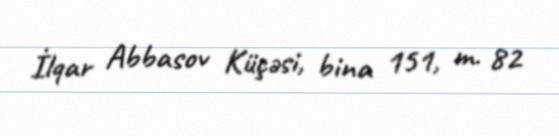
İlqar Abbasov Küçəsi, bina 151, m. 82